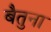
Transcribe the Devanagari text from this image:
बैतुना